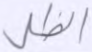
الظل